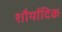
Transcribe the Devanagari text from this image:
शौर्यादिक